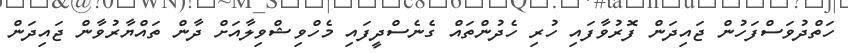
ހަތްދުވަސްފަހުން ޖައިދަން ފޮރުވާފައި ހުރި ހެދުންތައް ގެނެސްދީފައި މެހްވިޝްވިލާއަށް ދާން ތައްޔާރުވާން ޖައިދަން